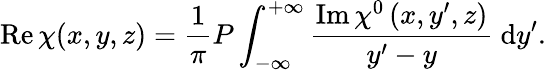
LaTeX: \operatorname{Re}\chi(x,y,z)=\frac{1}{\pi}P\int_{-\infty}^{+\infty}\frac{\operatorname{Im}\chi^{0}\left(x,y^{\prime},z\right)}{y^{\prime}-y}\mathrm{~d}y^{\prime}.